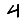
Digit: 4